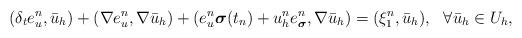
LaTeX: \begin{align*}\left(\delta_t e_u^n,\bar{u}_h\right) + (\nabla e_u^n, \nabla \bar{u}_h) +(e_u^n{\boldsymbol \sigma}(t_n)+u^n_h e_{\boldsymbol \sigma}^n,\nabla \bar{u}_h)=(\xi_1^n,\bar{u}_h), \ \ \forall \bar{u}_h\in U_h,\end{align*}